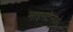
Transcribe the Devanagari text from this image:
नाइनटेनडो